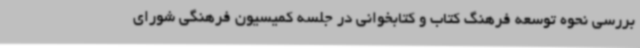
بررسی نحوه توسعه فرهنگ کتاب و کتابخوانی در جلسه کمیسیون فرهنگی شورای